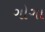
ગોગા